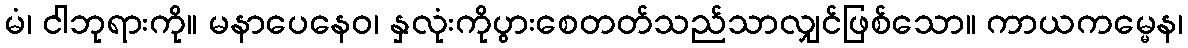
မံ၊ ငါဘုရားကို။ မနာပေနေဝ၊ နှလုံးကိုပွားစေတတ်သည်သာလျှင်ဖြစ်သော။ ကာယကမ္မေန၊